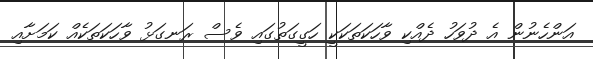
އަންހެނުން އެ ދުވަހު ދެއްކި ވާހަކަތަކަކީ ހަގީގަތުގައި ވެސް ރަނގަޅު ވާހަކަތަކެއް ކަމަށާއި